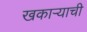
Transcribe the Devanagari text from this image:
खकाऱ्याची